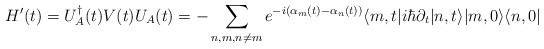
\begin{align*}H'(t)=U_A^\dagger(t)V(t)U_A(t)= -\sum_{n,m,n\neq m}e^{-i(\alpha_m(t)-\alpha_n(t))} \langle m,t|i\hbar\partial_t|n,t\rangle|m,0\rangle\langle n,0|\end{align*}